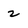
Character: 2